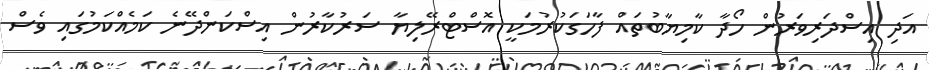
އަދި އިސްދަރިވަރުން ހޯދާ ކާމިޔާބުތައް ފާހަގަކުރުމަކީ އޮސްޓްރޭލިޔާ ސަރުކާރުން އިސްކަންދޭނެ ކަމެއްކަމުގައި ވެސް